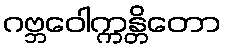
ဂဗ္ဘဝေါက္ကန္တိတော